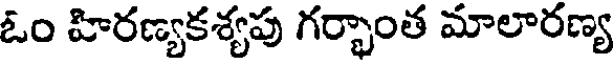
ఓం హిరణ్యకశ్యపు గర్భాంత మాలారణ్య